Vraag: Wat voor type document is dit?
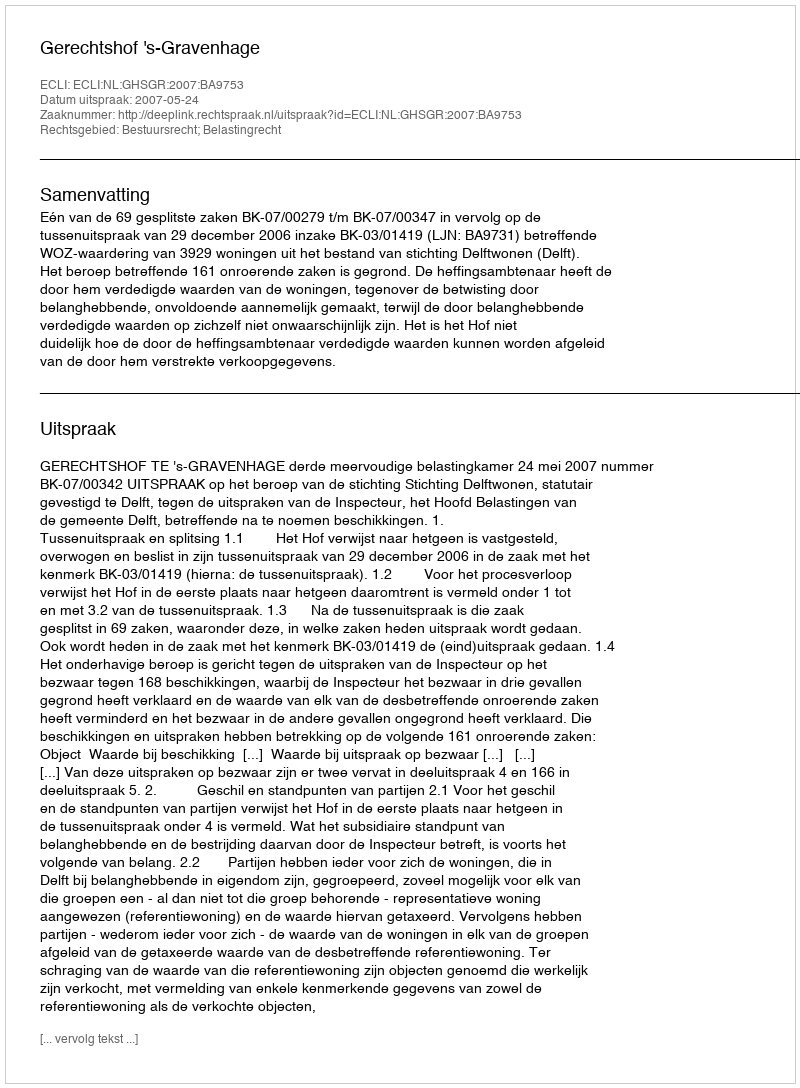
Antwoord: Uitspraak